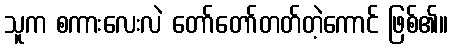
သူက စကားလေးလဲ တော်တော်တတ်တဲ့ကောင် ဖြစ်၏။